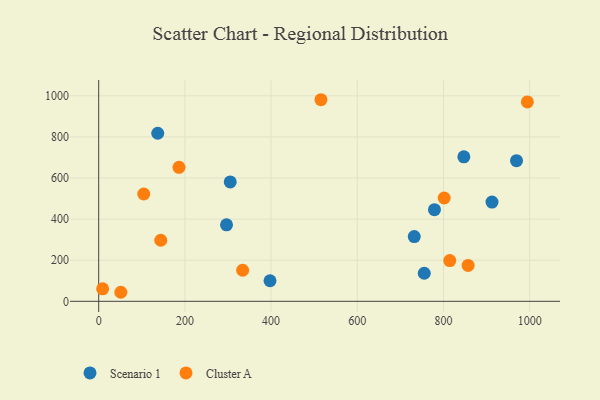
{"axis": {"x": "Engine Size", "y": "Demand"}, "legend": ["Cluster A", "Scenario 1"], "data": [{"x": "847.3", "y": 703.1, "type": "Scenario 1"}, {"x": "397.5", "y": 100.0, "type": "Scenario 1"}, {"x": "969.5", "y": 684.4, "type": "Scenario 1"}, {"x": "296.6", "y": 372.2, "type": "Scenario 1"}, {"x": "912.6", "y": 483.1, "type": "Scenario 1"}, {"x": "755.4", "y": 136.5, "type": "Scenario 1"}, {"x": "732.2", "y": 315.1, "type": "Scenario 1"}, {"x": "137.0", "y": 818.0, "type": "Scenario 1"}, {"x": "779.1", "y": 446.2, "type": "Scenario 1"}, {"x": "305.2", "y": 581.0, "type": "Scenario 1"}, {"x": "994.7", "y": 970.3, "type": "Cluster A"}, {"x": "9.1", "y": 60.7, "type": "Cluster A"}, {"x": "186.3", "y": 652.1, "type": "Cluster A"}, {"x": "515.7", "y": 981.1, "type": "Cluster A"}, {"x": "334.0", "y": 151.1, "type": "Cluster A"}, {"x": "51.3", "y": 44.0, "type": "Cluster A"}, {"x": "104.6", "y": 522.3, "type": "Cluster A"}, {"x": "814.6", "y": 198.3, "type": "Cluster A"}, {"x": "857.2", "y": 174.5, "type": "Cluster A"}, {"x": "801.6", "y": 502.9, "type": "Cluster A"}, {"x": "144.0", "y": 297.3, "type": "Cluster A"}]}